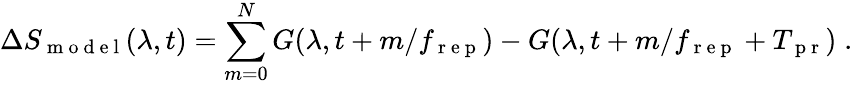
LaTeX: \Delta S_{\mathrm{~m~o~d~e~l~}}(\lambda,t)=\sum_{m=0}^{N}G(\lambda,t+m/f_{\mathrm{~r~e~p~}})-G(\lambda,t+m/f_{\mathrm{~r~e~p~}}+T_{\mathrm{~p~r~}})\; .